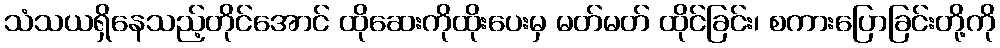
သံသယရှိနေသည့်တိုင်အောင် ထိုဆေးကိုထိုးပေးမှ မတ်မတ် ထိုင်ခြင်း၊ စကားပြောခြင်းတို့ကို